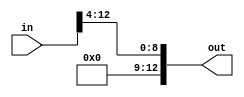
module Rightshift4(
	input [12:0] in,
	output [12:0] out
);

assign out = in >> 4;

endmodule